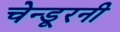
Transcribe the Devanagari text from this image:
चेन्डूरनी